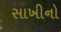
સાખીનો